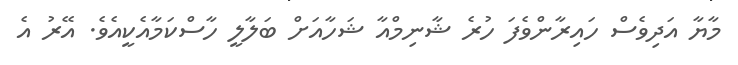
މާޔާ އަދިވެސް ހައިރާންވެފަ ހުރެ ޝާނިމްއާ ޝަހާއަށް ބަލާލީ ހާސްކަމާއެކީއެވެ. އޭރު އެ